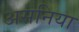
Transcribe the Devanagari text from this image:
असनिया